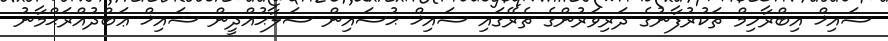
ޝައިޚް އިބްރާހިމް ތަކުރުފާނުގެ ދަރިވަރުންގެ ތެރޭގައި ޝައިޚް ޙުސައިން ސަލާޙުއްދީން ޝައިޚް ޢަބްދުއްރަޙްމާނު